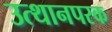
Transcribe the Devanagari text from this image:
उत्थानपरक